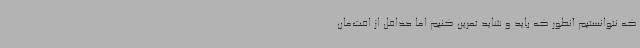
که نتوانستیم آنطور که باید و شاید تمرین کنیم اما حداقل از افت‌مان